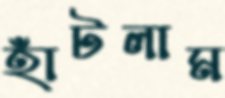
হাঁটলাম